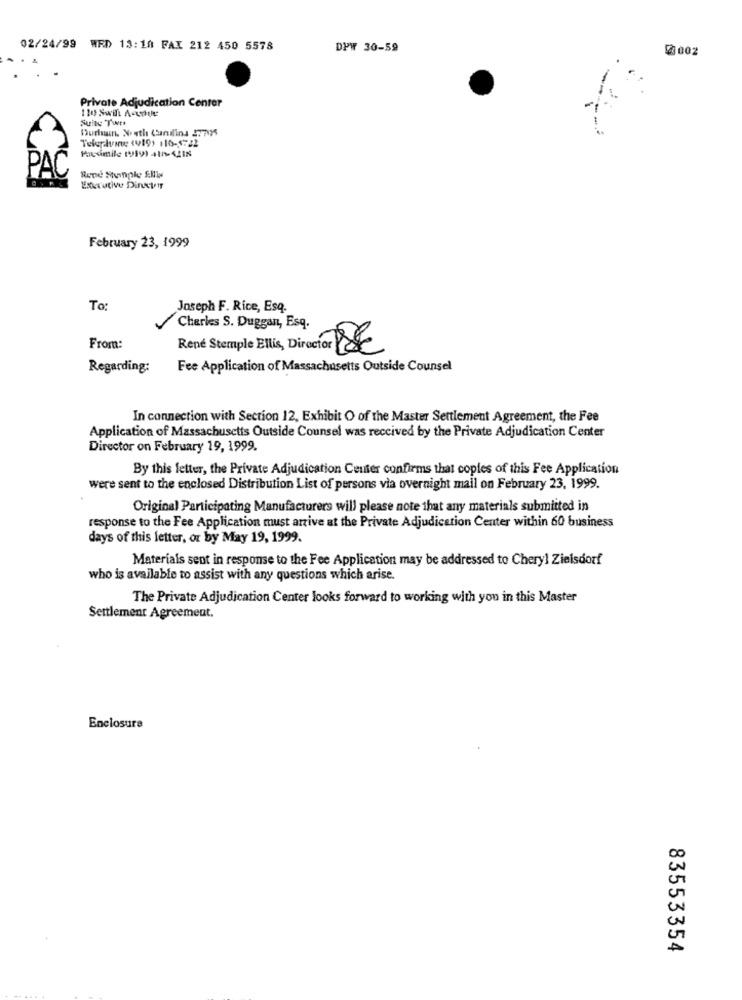
02/24/99 WRD 13:10 FAX 212 450 5578
DPW 30-59
2002
Private Adjudication Center
Suite Tunt
Telepaving (419) 110-5722
Pausimile (919) +10-1218
PAC
Executive Director
February 23, 1999
To:
Joseph F. Rice, Esq.
Charles S. Duggan, Esq.
From:
René Stemple Ellis, Director DE
Regarding:
Fee Application of Massachusetts Outside Counsel
In connection with Section 12, Exhibit O of the Master Settlement Agreement, the Fee
Application of Massachusetts Outside Counsel was received by the Private Adjudication Center
Director on February 19, 1999.
By this letter, the Private Adjudication Center confirms that copies of this Fee Application
were sent to the enclosed Distribution List of persons via overnight mail on February 23, 1999.
Original Participating Manufacturers will please note that any materials submitted in
response to the Fee Application must arrive at the Private Adjudication Center within 60 business
days of this letter, or by May 19, 1999.
Materials sent in response to the Fee Application may be addressed to Cheryl Zielsdorf
who is available to assist with any questions which arise.
The Private Adjudication Center looks forward to working with you in this Master
Settlement Agreement.
Enclosure
83553354